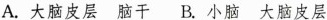
A.大脑皮层脑干B.小脑大脑皮层